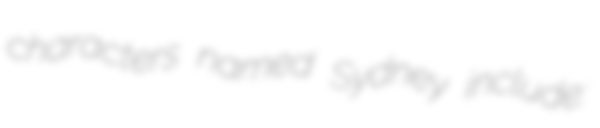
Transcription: characters named Sydney include: